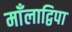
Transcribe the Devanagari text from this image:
माँलाद्विपा